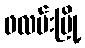
ဖလမ်းမြို့